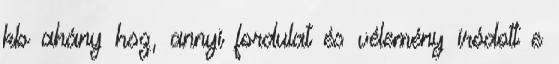
kb ahány hsz, annyi fordulat és vélemény íródott e